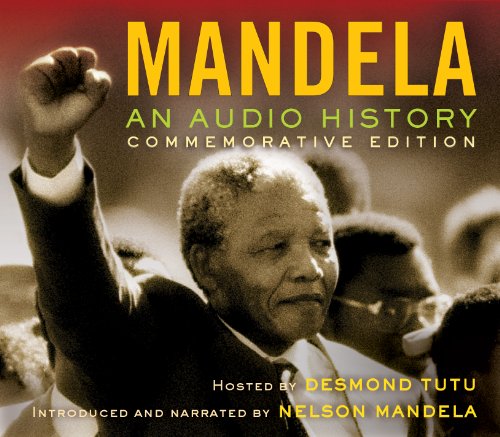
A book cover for Mandela: An Audio History; Humor & Entertainment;